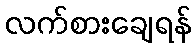
လက်စားချေရန်